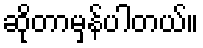
ဆိုတာမှန်ပါတယ်။